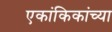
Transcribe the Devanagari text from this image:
एकांकिकांच्या